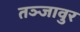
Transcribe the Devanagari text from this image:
तञ्जावुर